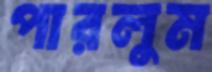
পারলুম